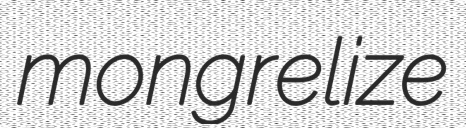
mongrelize